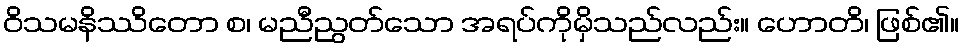
ဝိသမနိဿိတော စ၊ မညီညွတ်သော အရပ်ကိုမှိသည်လည်း။ ဟောတိ၊ ဖြစ်၏။